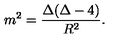
m ^ { 2 } = \frac { \Delta ( \Delta - 4 ) } { R ^ { 2 } } .